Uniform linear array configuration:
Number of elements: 32
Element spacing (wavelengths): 0.25
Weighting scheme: uniform
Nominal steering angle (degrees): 0
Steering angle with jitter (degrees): -0.6497
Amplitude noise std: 0.05
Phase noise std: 0.05

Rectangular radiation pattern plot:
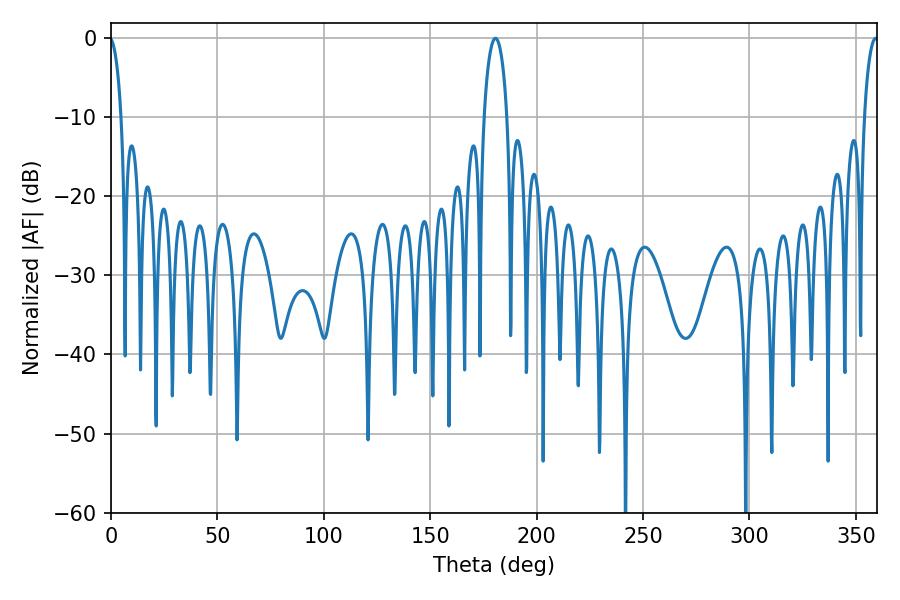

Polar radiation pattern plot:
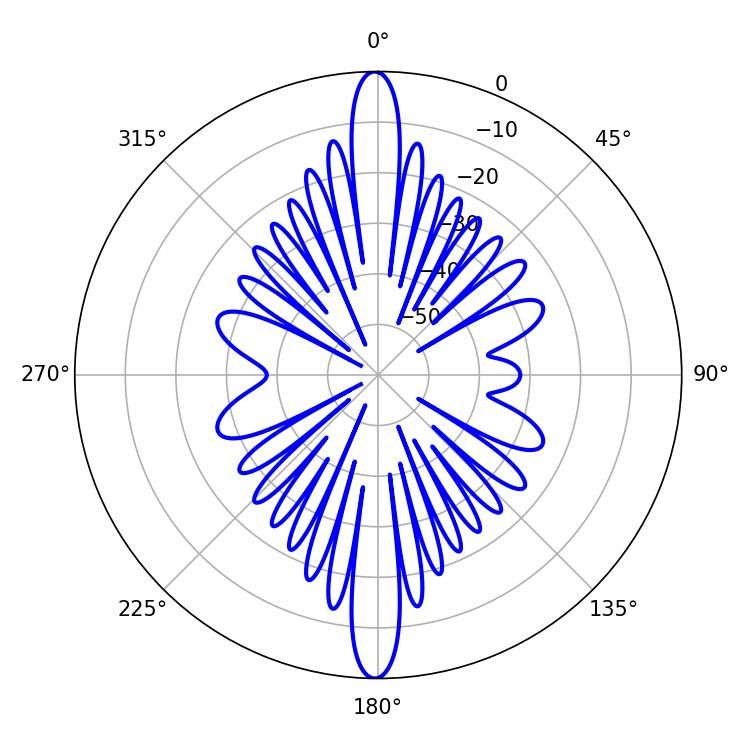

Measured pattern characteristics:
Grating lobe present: FALSE
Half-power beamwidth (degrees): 6.3
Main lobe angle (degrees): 180.72